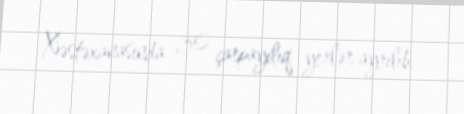
Xəstəxanasında 30 çarpayılıq yerlər ayrılıb.